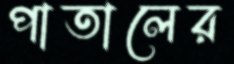
পাতালের